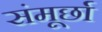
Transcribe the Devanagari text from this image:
संमूर्छा